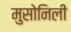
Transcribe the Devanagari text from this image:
मुसोनिली